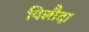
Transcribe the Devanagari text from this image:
पिलौदा